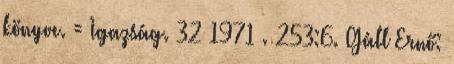
könyve. = Igazság. 32 1971 . 253:6. Gáll Ernő: